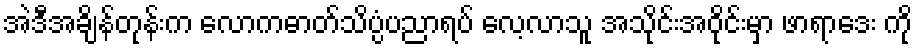
အဲဒီအချိန်တုန်းက လောကဓာတ်သိပ္ပံပညာရပ် လေ့လာသူ အသိုင်းအဝိုင်းမှာ ဖာရာဒေး ကို